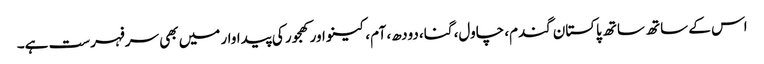
اس کے ساتھ ساتھ پاکستان گندم، چاول، گنا، دودھ، آم، کینو اور کھجور کی پیداوار میں بھی سرفہرست ہے۔